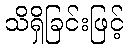
သိရှိခြင်းဖြင့်